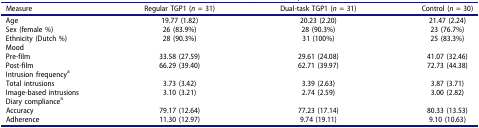
| Measure | Regular TGP1 (n = 31) | Dual-task TGP1 (n = 31) | Control (n = 30) |
 | --- | --- | --- | --- |
 | Age | 19.77 (1.82) | 20.23 (2.20) | 21.47 (2.24) |
 | Sex (female %) | 26 (83.9%) | 28 (90.3%) | 23 (76.7%) |
 | Ethnicity (Dutch %) | 28 (90.3%) | 31 (100%) | 25 (83.3%) |
 | Mood |  |  |  |
 | Pre-film | 33.58 (27.59) | 29.61 (24.08) | 41.07 (32.46) |
 | Post-film | 66.29 (39.40) | 62.71 (39.97) | 72.73 (44.38) |
 | Intrusion frequencya |  |  |  |
 | Total intrusions | 3.73 (3.42) | 3.39 (2.63) | 3.87 (3.71) |
 | Image-based intrusions | 3.10 (3.21) | 2.74 (2.59) | 3.00 (2.82) |
 | Diary compliancea |  |  |  |
 | Accuracy | 79.17 (12.64) | 77.23 (17.14) | 80.33 (13.53) |
 | Adherence | 11.30 (12.97) | 9.74 (19.11) | 9.10 (10.63) |